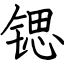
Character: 锶